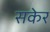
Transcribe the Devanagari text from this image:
सकेर